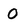
Character: O